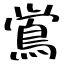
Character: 鴬